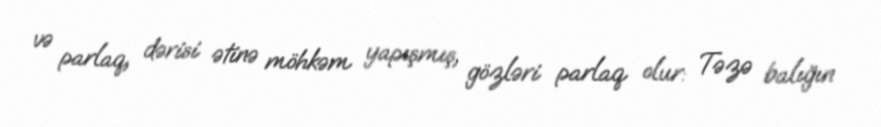
və parlaq, dərisi ətinə möhkəm yapışmış, gözləri parlaq olur: Təzə balığın